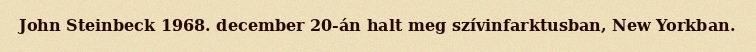
John Steinbeck 1968. december 20-án halt meg szívinfarktusban, New Yorkban.